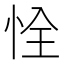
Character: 恮